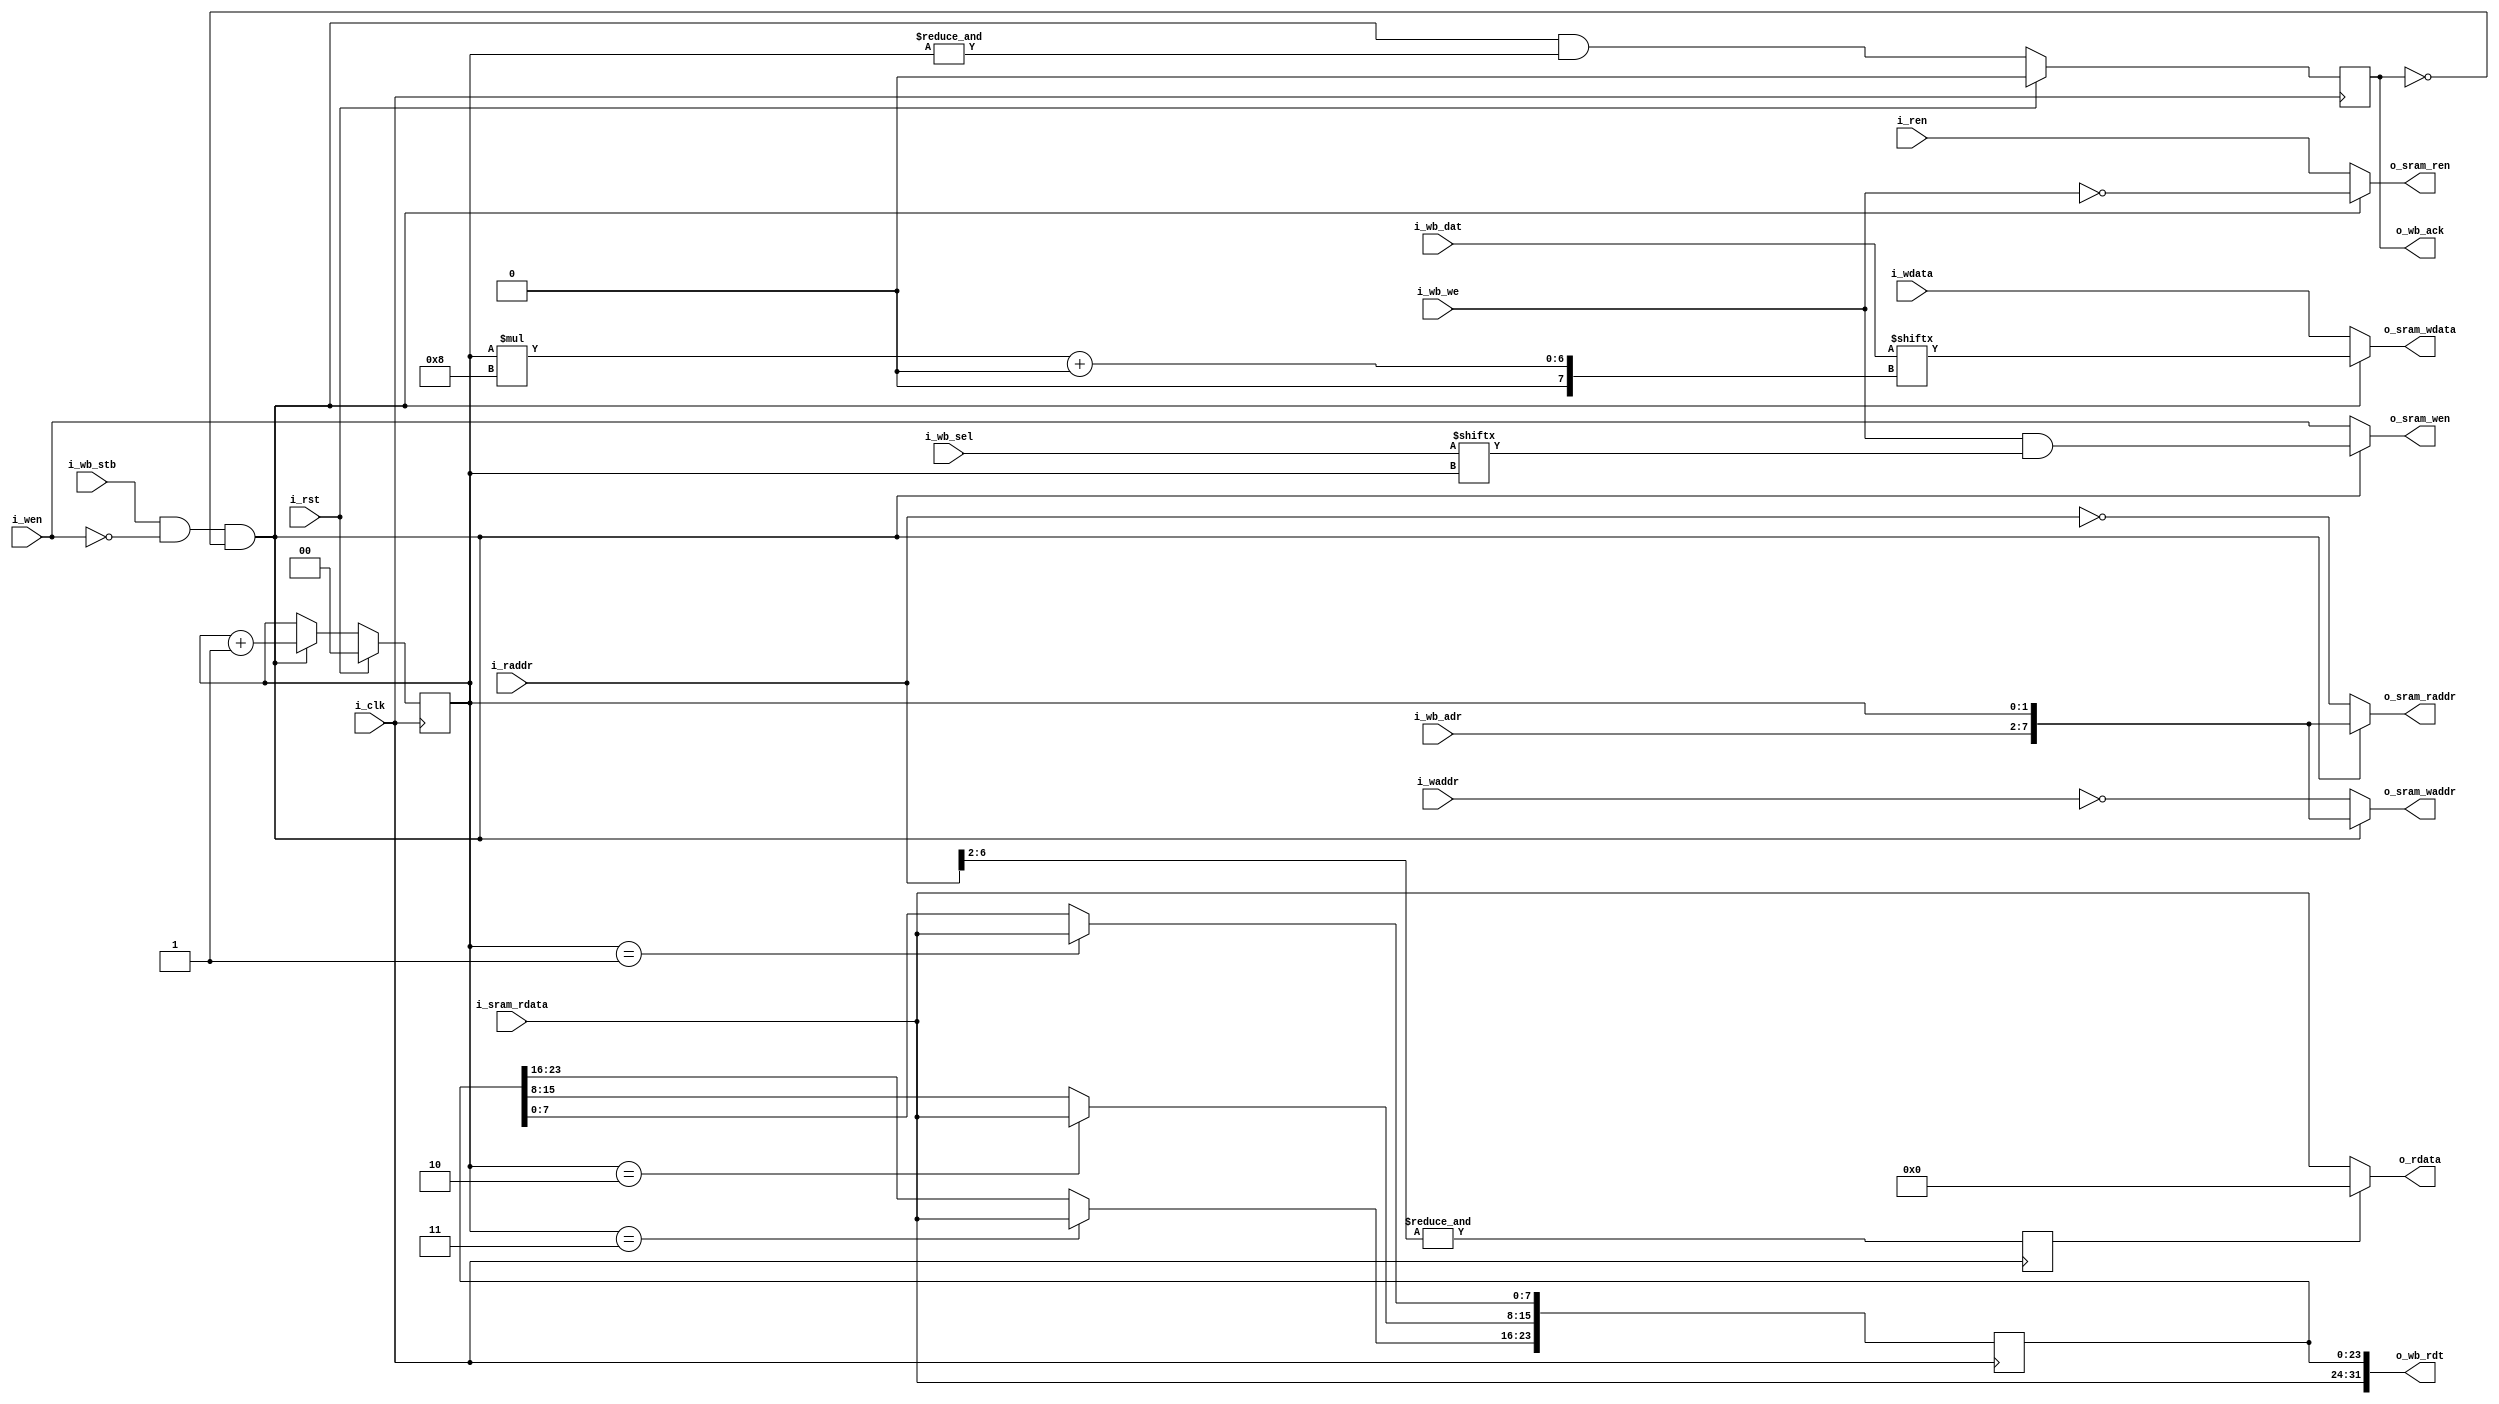
/*
 * servile_rf_mem_if.v : Arbiter to allow a shared SRAM for RF and memory accesses. RF is mapped to the highest 128 bytes of the memory. Requires 8-bit RF accesses.
 *
 * SPDX-FileCopyrightText: 2024 Olof Kindgren <olof.kindgren@gmail.com>
 * SPDX-License-Identifier: Apache-2.0
 */

`default_nettype none
module servile_rf_mem_if
  #(//Memory parameters
    parameter depth = 256,
    //RF parameters
    parameter rf_regs = 32,
    //Internally calculated. Do not touch
    parameter rf_depth = $clog2(rf_regs*4),
    parameter aw = $clog2(depth))
   (
    input wire		      i_clk,
    input wire		      i_rst,
    input wire [rf_depth-1:0] i_waddr,
    input wire [7:0]	      i_wdata,
    input wire		      i_wen,
    input wire [rf_depth-1:0] i_raddr,
    output wire [7:0]	      o_rdata,
    input wire		      i_ren,

    output wire [aw-1:0]      o_sram_waddr,
    output wire [7:0]	      o_sram_wdata,
    output wire		      o_sram_wen,
    output wire [aw-1:0]      o_sram_raddr,
    input wire [7:0]	      i_sram_rdata,
    output wire		      o_sram_ren,

    input wire [aw-1:2]	      i_wb_adr,
    input wire [31:0]	      i_wb_dat,
    input wire [3:0]	      i_wb_sel,
    input wire		      i_wb_we,
    input wire		      i_wb_stb,
    output wire [31:0]	      o_wb_rdt,
    output reg		      o_wb_ack);

   reg [1:0] 		bsel;

   wire 		wb_en = i_wb_stb & !i_wen & !o_wb_ack;

   wire 		wb_we = i_wb_we & i_wb_sel[bsel];

   wire [aw-1:0] rf_waddr = ~{{aw-rf_depth{1'b0}},i_waddr};
   wire [aw-1:0] rf_raddr = ~{{aw-rf_depth{1'b0}},i_raddr};

   assign o_sram_waddr = wb_en ? {i_wb_adr[aw-1:2],bsel} : rf_waddr;
   assign o_sram_wdata = wb_en ? i_wb_dat[bsel*8+:8]     : i_wdata;
   assign o_sram_wen   = wb_en ? wb_we : i_wen;
   assign o_sram_raddr = wb_en ? {i_wb_adr[aw-1:2],bsel} : rf_raddr;
   assign o_sram_ren   = wb_en ? !i_wb_we : i_ren;

   reg [23:0] 		wb_rdt;
   assign o_wb_rdt = {i_sram_rdata, wb_rdt};

   reg 			regzero;
   always @(posedge i_clk) begin

      if (wb_en) bsel <= bsel + 2'd1;
      o_wb_ack <= wb_en & &bsel;
      if (bsel == 2'b01) wb_rdt[7:0]   <= i_sram_rdata;
      if (bsel == 2'b10) wb_rdt[15:8]  <= i_sram_rdata;
      if (bsel == 2'b11) wb_rdt[23:16] <= i_sram_rdata;
      if (i_rst) begin
	 bsel <= 2'd0;
	 o_wb_ack <= 1'b0;
      end
      regzero <= &i_raddr[rf_depth-1:2];
   end

   assign o_rdata = regzero ? 8'd0 : i_sram_rdata;

endmodule